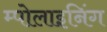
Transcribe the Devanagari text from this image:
म्पोलाइनिंग